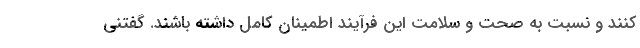
کنند و نسبت به صحت و سلامت این فرآیند اطمینان کامل داشته باشند. گفتنی